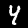
Digit: 4